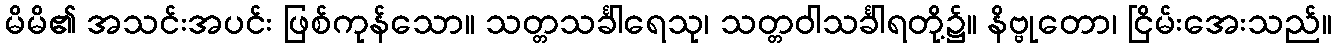
မိမိ၏ အသင်းအပင်း ဖြစ်ကုန်သော။ သတ္တသင်္ခါရေသု၊ သတ္တဝါသင်္ခါရတို့၌။ နိဗ္ဗုတော၊ ငြိမ်းအေးသည်။